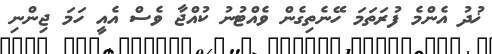
ޚުދު އެންމެ ފުރަތަމަ ހޭނެތިގެން ވެއްޓުނު ކުއްޖާ ވެސް އެއީ ހަމަ ޖިންނި